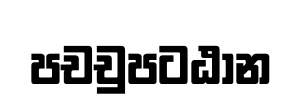
පචචුපටඨාන